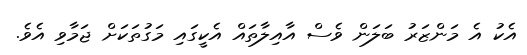
އެކު އެ މަންޒަރު ބަލަން ވެސް އާއިލާތައް އެކީގައި މަގުތަކަށް ޖަމާވި އެވެ.